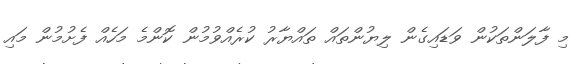
މި ފާލަންތަކުން ވަޑައިގެން ލިޔުންތައް ތައްޔާރު ކުރެއްވުމުން ކޮންމެ މަހެއް ފެށުމުން މައި